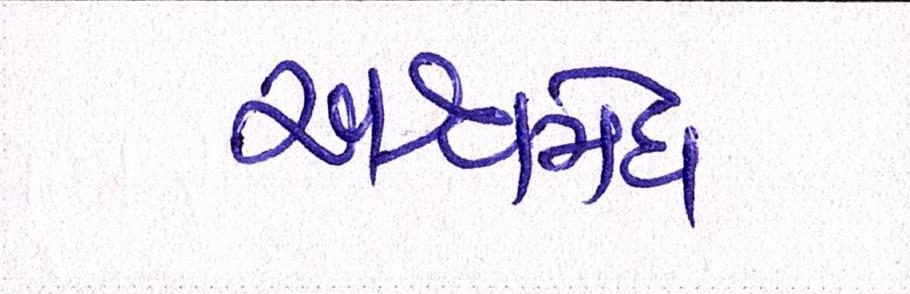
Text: અશ્વમેઘ